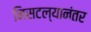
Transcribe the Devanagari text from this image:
निसटल्यानंतर